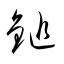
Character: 鎚